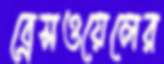
ব্রেসওয়েলের